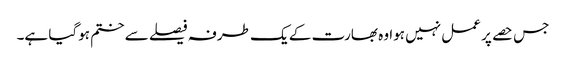
جس حصے پر عمل نہیں ہوا وہ بھارت کے یک طرفہ فیصلے سے ختم ہوگیا ہے۔